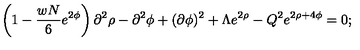
\left( 1 - \frac { w N } { 6 } e ^ { 2 \phi } \right) \partial ^ { 2 } \rho - \partial ^ { 2 } \phi + ( \partial \phi ) ^ { 2 } + \Lambda e ^ { 2 \rho } - Q ^ { 2 } e ^ { 2 \rho + 4 \phi } = 0 ;